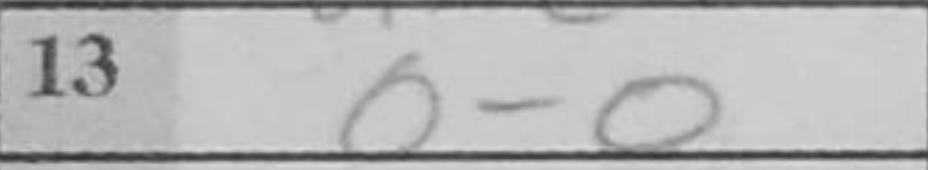
Transcription: O-O